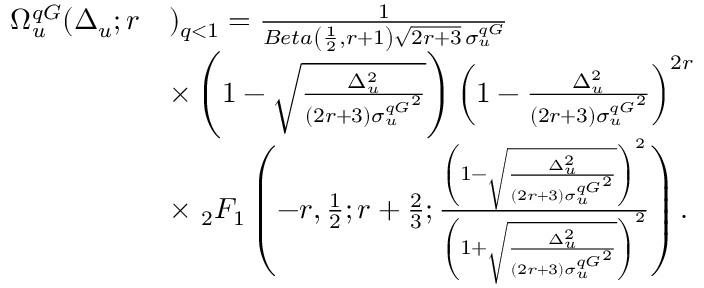
\begin{array} { r l } { \Omega _ { u } ^ { q G } ( \Delta _ { u } ; r } & { ) _ { q < 1 } = \frac { 1 } { B e t a \left( \frac { 1 } { 2 } , r + 1 \right) \sqrt { 2 r + 3 } \, \sigma _ { u } ^ { q G } } } \\ & { \times \left( 1 - \sqrt { \frac { \Delta _ { u } ^ { 2 } } { ( 2 r + 3 ) { \sigma _ { u } ^ { q G } } ^ { 2 } } } \right) \left( 1 - { \frac { \Delta _ { u } ^ { 2 } } { ( 2 r + 3 ) { \sigma _ { u } ^ { q G } } ^ { 2 } } } \right) ^ { 2 r } } \\ & { \times \ _ { 2 } F _ { 1 } \left( - r , \frac { 1 } { 2 } ; r + \frac { 2 } { 3 } ; \frac { \left( 1 - \sqrt { \frac { \Delta _ { u } ^ { 2 } } { ( 2 r + 3 ) { \sigma _ { u } ^ { q G } } ^ { 2 } } } \right) ^ { 2 } } { \left( 1 + \sqrt { \frac { \Delta _ { u } ^ { 2 } } { ( 2 r + 3 ) { \sigma _ { u } ^ { q G } } ^ { 2 } } } \right) ^ { 2 } } \right) . } \end{array}